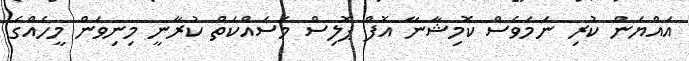
އައްޔަން ކުރި ނަމަވެސް ކޮމިޝާނާ އޮފް ޕޮލިސް މަސައްކަތް ކުރާނީ މިނިވަން މީހެއްގެ